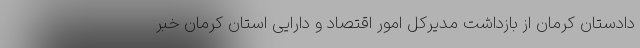
دادستان کرمان از بازداشت مدیرکل امور اقتصاد و دارایی استان کرمان خبر